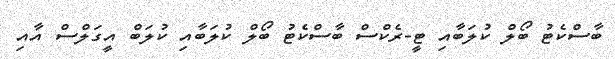
ބާސްކެޓު ބޯލް ކުލަބާއިި ޓީ-ރެކްސް ބާސްކެޓު ބޯލް ކުލަބާއި ކުލަބް އީގަލްސް އާއި